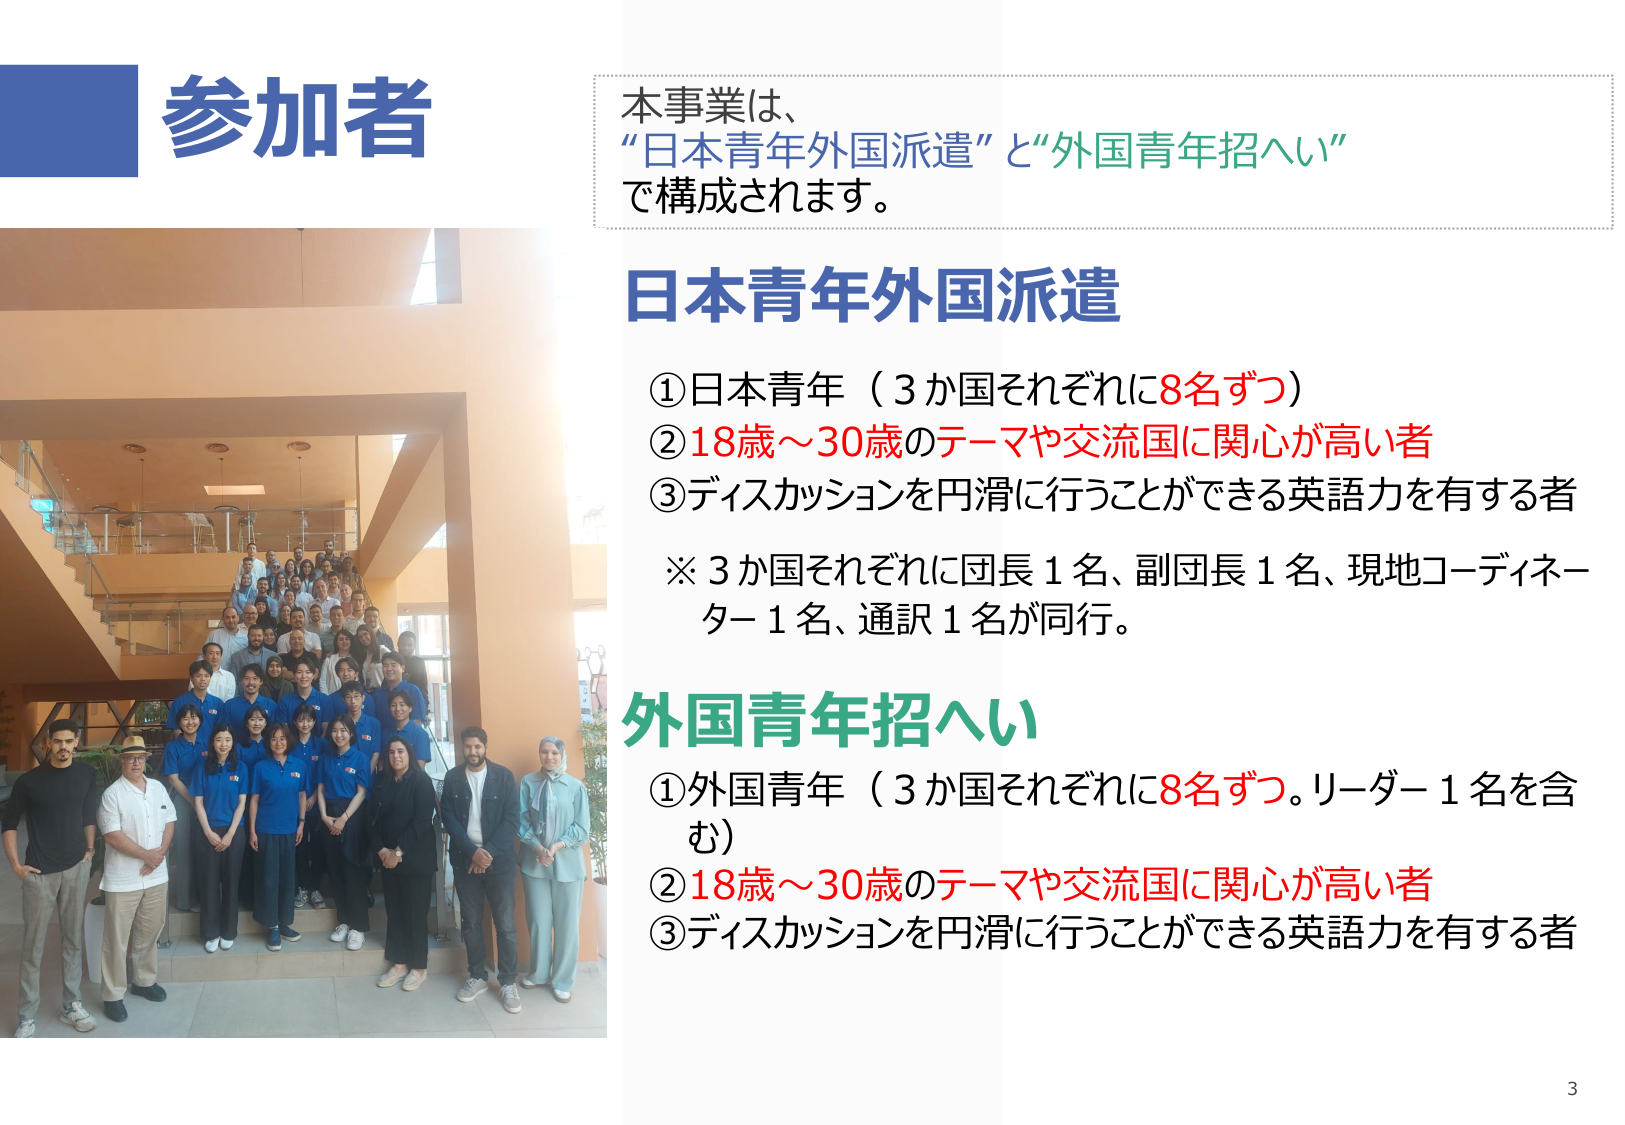
参加者

本事業は、
“日本青年外国派遣”と“外国青年招へい”
で構成されます。

日本青年外国派遣
①日本青年（3か国それぞれに8名ずつ）
②18歳～30歳のテーマや交流国に関心が高い者
③ディスカッションを円滑に行うことができる英語力を有する者
※3か国それぞれに団長1名、副団長1名、現地コーディネーター1名、通訳1名が同行。

外国青年招へい
①外国青年（3か国それぞれに8名ずつ。リーダー1名を含む）
②18歳～30歳のテーマや交流国に関心が高い者
③ディスカッションを円滑に行うことができる英語力を有する者

3